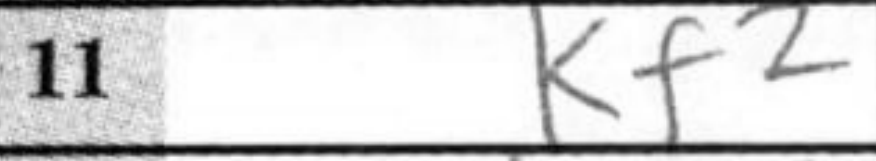
Transcription: Kf2